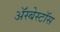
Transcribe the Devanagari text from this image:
ॲस्बेस्टॉस